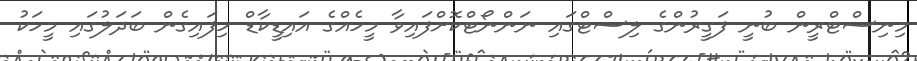
މިިނިސްޓްރީން ބުނީ ފަގީރުންގެ ލިސްޓްގައި ނަންނޯޓްކޮށްފައިވާ މީހެއްގެ އައިޑީކާޑް ހިފައިގެން ބަދަލުގައި މީހަކު